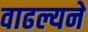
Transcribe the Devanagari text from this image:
वाढल्यने